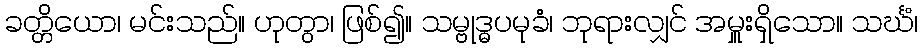
ခတ္တိယော၊ မင်းသည်။ ဟုတွာ၊ ဖြစ်၍။ သမ္ဗုဒ္ဓပမုခံ၊ ဘုရားလျှင် အမှူးရှိသော။ သင်္ဃံ၊